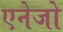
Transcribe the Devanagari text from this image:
एनेजो